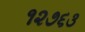
૧૨૭૬૩